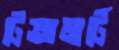
টেক্সমার্টে